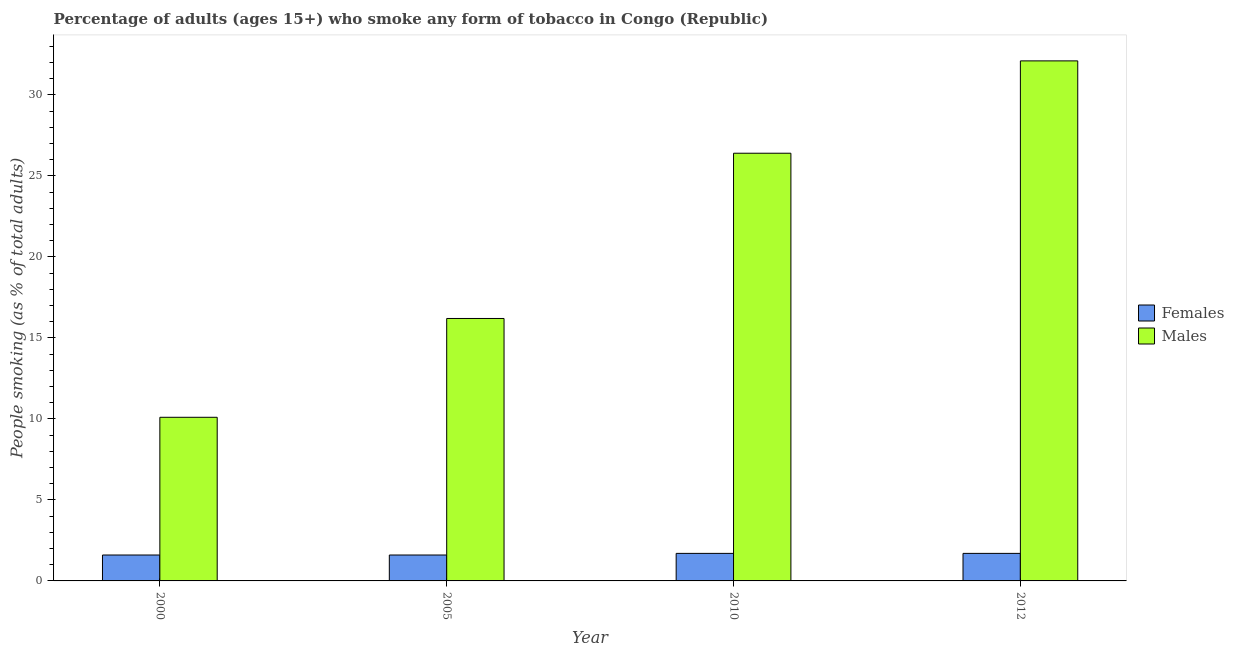
| Year | Females | Males |
 | --- | --- | --- |
 | 2000 | 1.6 | 10.1 |
 | 2005 | 1.6 | 16.2 |
 | 2010 | 1.7 | 26.4 |
 | 2012 | 1.7 | 32.1 |